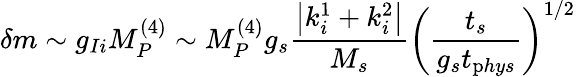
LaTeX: \delta m\sim g_{Ii}M_{P}^{(4)}\sim M_{P}^{(4)}g_{s}\frac{\left|k_{i}^{1}+k_{i}^{2}\right|}{M_{s}}\left(\frac{t_{s}}{g_{s}t_{\mathrm phys}}\right)^{1/2}